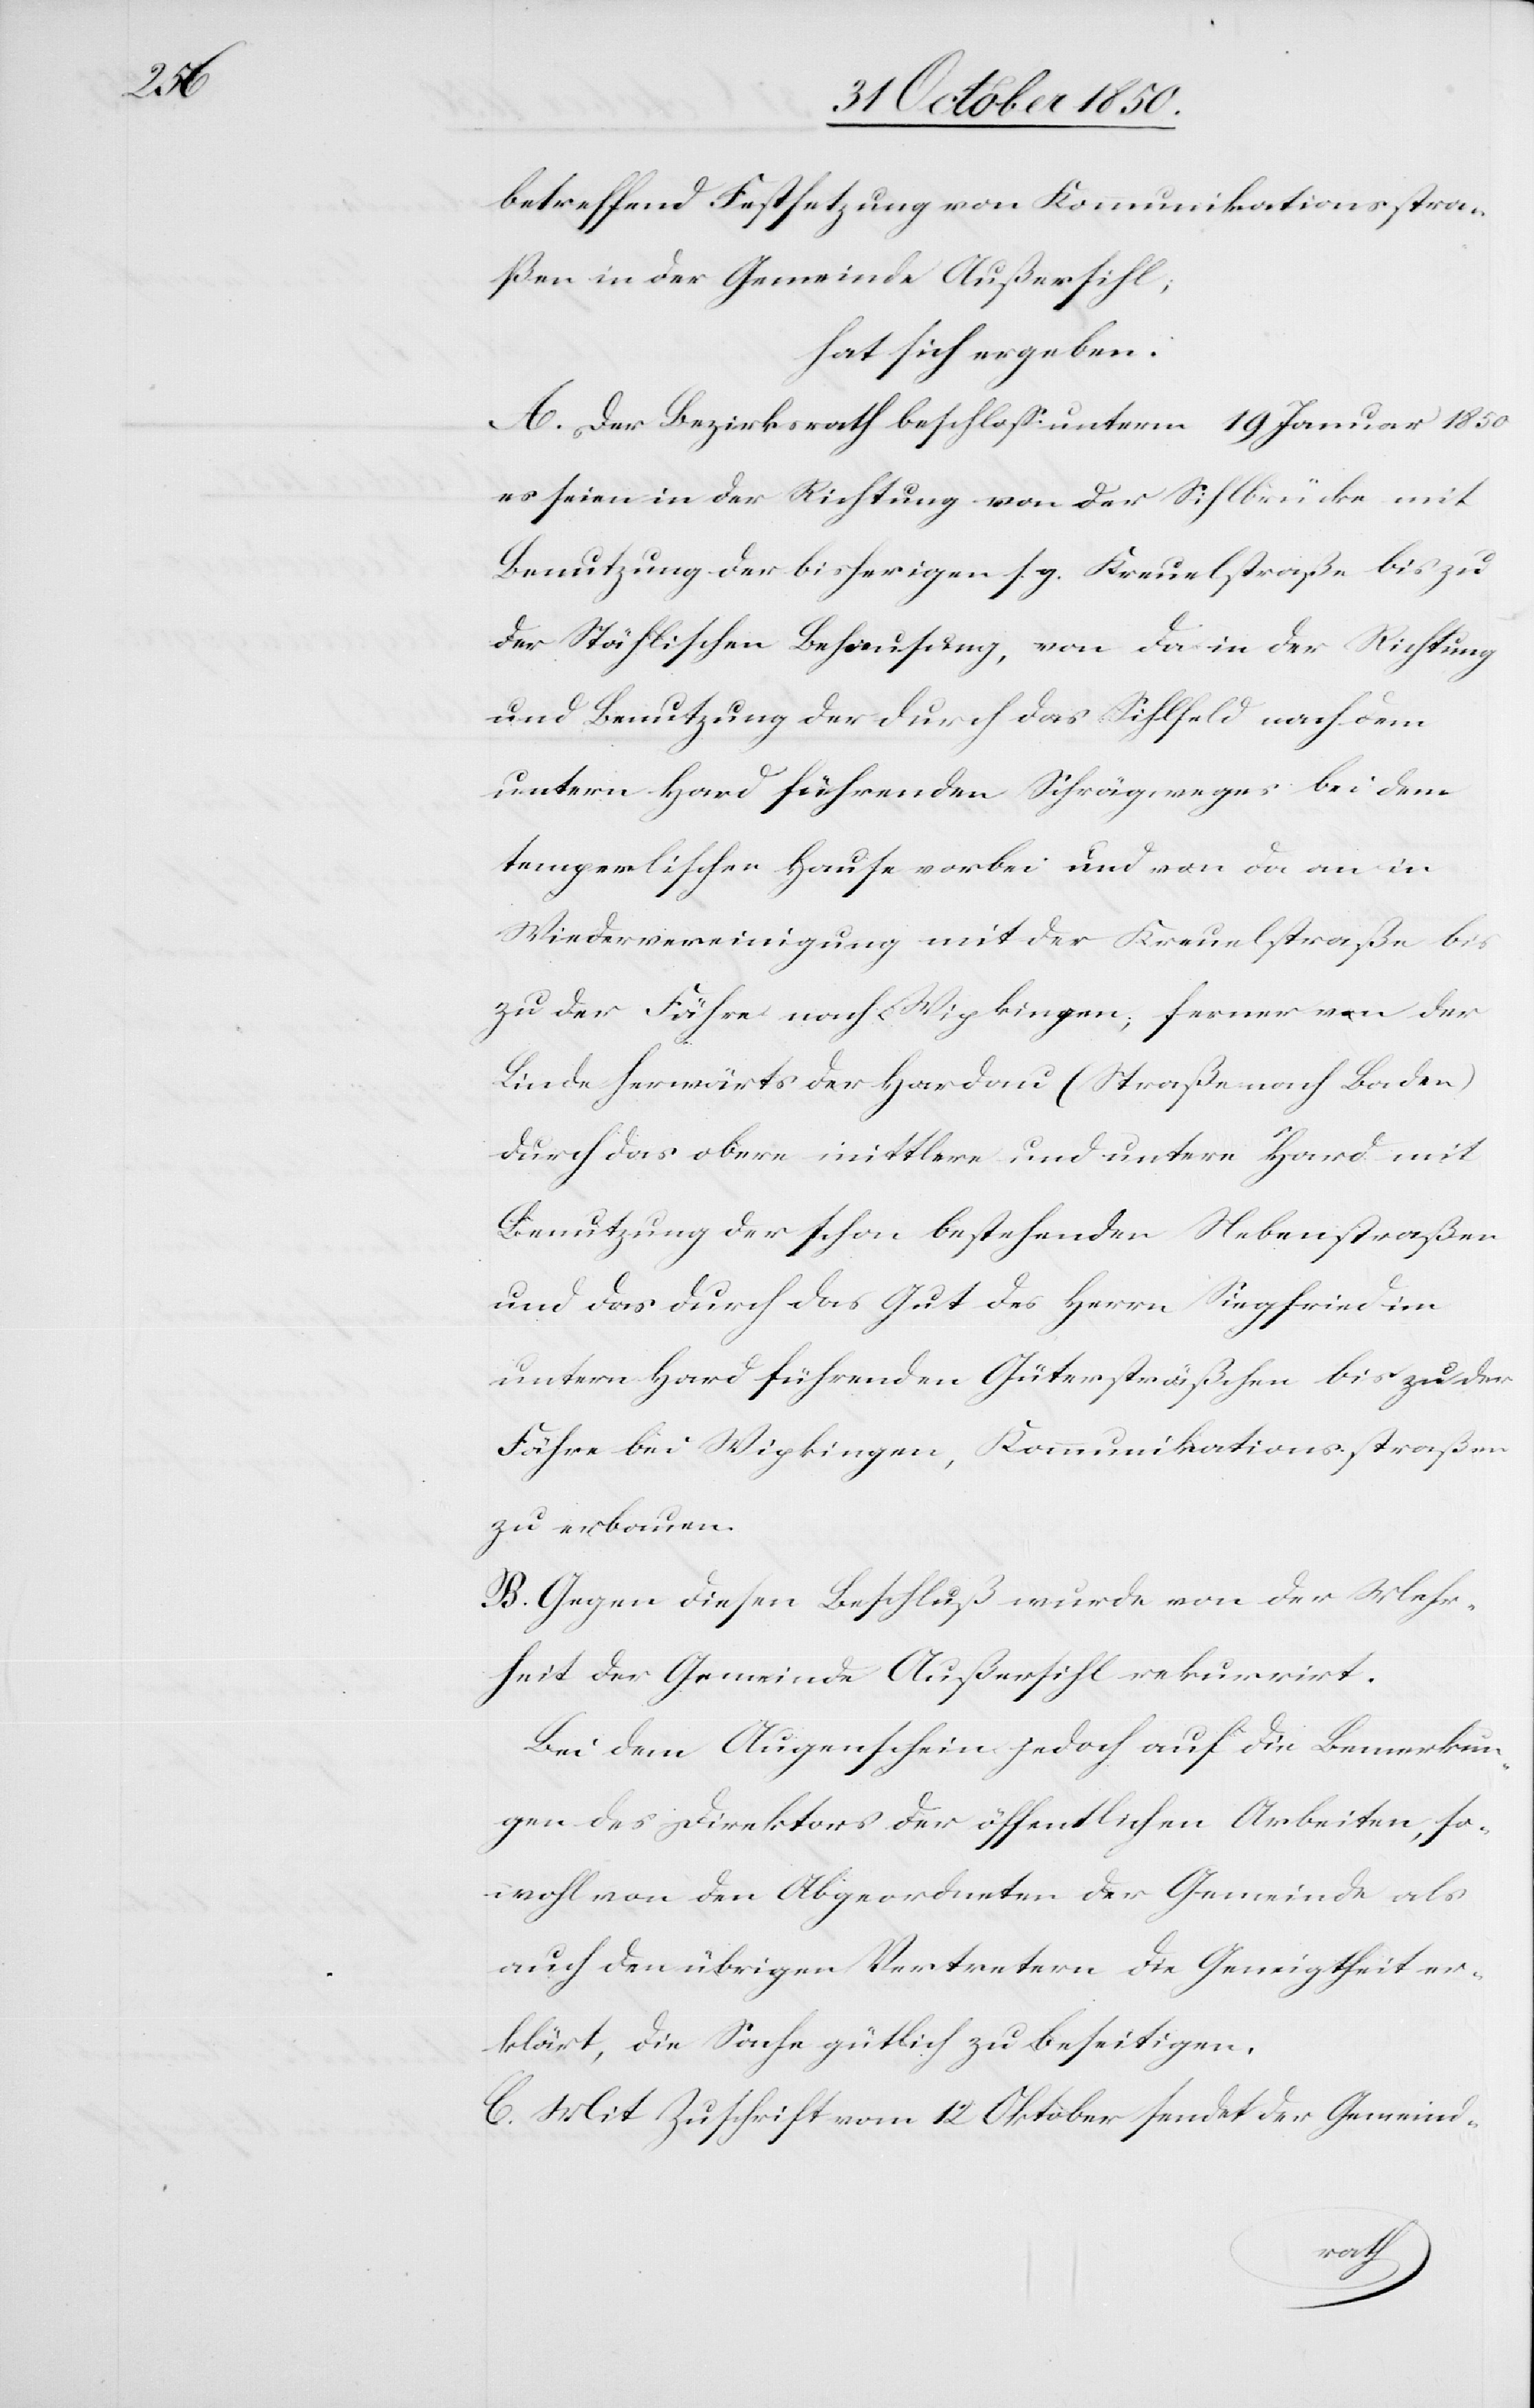
betreffend Festsetzung von Kommunikationsstra¬
ßen in der Gemeinde Außersihl,
hat sich ergeben:
A. Der Bezirksrath beschloss unterm 19 Januar 1850
es seien in der Richtung von der Sihlbrücke mit
Benutzung der bisherigen s. g. Kreuelstraße bis zu
der Stählischen Behausung, von da in der Richtung
und Benutzung der durch das Sihlfeld nach dem
untern Hard führenden Schrägweges bei dem
temperlischen Hause vorbei und von da an in
Wiedervereinigung mit der Kreuelstraße bis
zu der Fähre nach Wipkingen, ferner von der
Linde herwärts der Hardau (Straße nach Baden)
durch das obere mittlere und untere Hard mit
Benutzung der schon bestehenden Nebenstraßen
und das durch das Gut des Herrn Siegfried im
untern Hard führenden Gütersträßchen bis zu der
Fähre bei Wipkingen, Kommunikationsstraßen
zu erbauen.
B. Gegen diesen Beschluß wurde von der Mehr¬
heit der Gemeinde Außersihl rekurrirt.
Bei dem Augenschein jedoch auf die Bemerkun¬
gen des Direktors der öffentlichen Arbeiten, so
wohl von den Abgeordneten der Gemeinde als
auch den übrigen Vertretern die Geneigtheit er¬
klärt, die Sache gütlich zu beseitigen.
C. Mit Zuschrift vom 12 Oktober sendet der Gemeind-